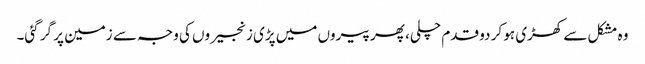
وہ مشکل سے کھڑی ہو کر دو قدم چلی، پھر پیروں میں پڑی زنجیروں کی وجہ سے زمین پر گر گئی۔